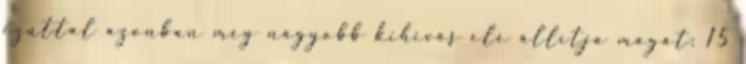
ezúttal azonban még nagyobb kihívás elé állítja magát: 15